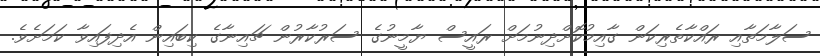
ސަލާމަތާއި ރައްކާތެރިކަން ގާއިމުކޮށްދިނުމަށް ރައީސް ޔާމީނުގެ ސަރުކާރުން ޗައިނާގެ ކިބައިން އެދިފައިވާ ކަމަށެވެ.